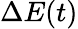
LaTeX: \Delta E(t)